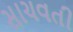
સાચવતી